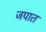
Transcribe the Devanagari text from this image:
जपात